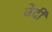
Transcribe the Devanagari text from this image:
वेर्दी